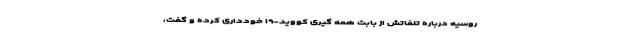
روسیه درباره تلفاتش از بابت همه گیری کووید-۱۹ خودداری کرده و گفت،